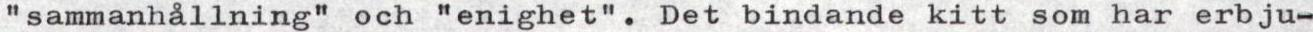
"sammanhållning" och "enighet". Det bindande kitt som har erbju-